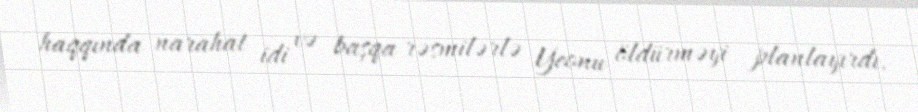
haqqında narahat idi və başqa rəsmilərlə Yeonu öldürməyi planlayırdı.